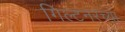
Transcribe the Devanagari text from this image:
गिल्टनरच्या